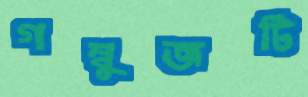
গম্বুজটি